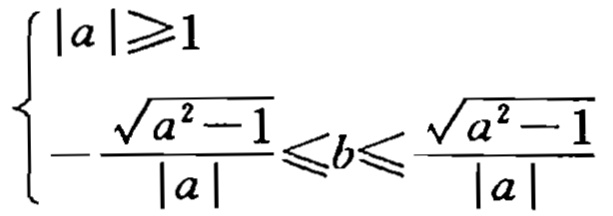
$\begin{cases}
|a|\geqslant1\\
-\frac{\sqrt{a^{2}-1}}{|a|}\leqslant b\leqslant\frac{\sqrt{a^{2}-1}}{|a|}
\end{cases}$